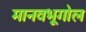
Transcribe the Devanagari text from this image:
मानवभूगोल